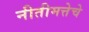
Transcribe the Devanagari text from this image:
नीतीमत्तेचे